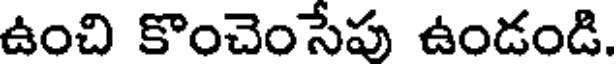
ఉంచి కొంచెంసేపు ఉండండి.